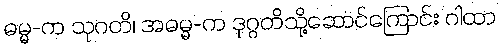
ဓမ္မ-က သုဂတိ၊ အဓမ္မ-က ဒုဂ္ဂတိသို့ဆောင်ကြောင်း ဂါထာ